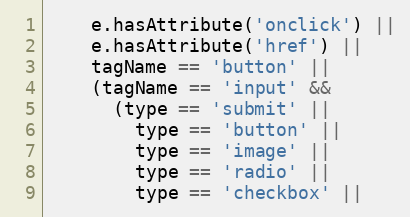
Language: JavaScript
    e.hasAttribute('onclick') ||
    e.hasAttribute('href') ||
    tagName == 'button' ||
    (tagName == 'input' &&
      (type == 'submit' ||
        type == 'button' ||
        type == 'image' ||
        type == 'radio' ||
        type == 'checkbox' ||